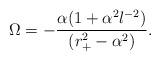
LaTeX: \begin{align*}\Omega = - {\alpha (1+ \alpha^2 l^{-2}) \over (r_+^2 - \alpha^2)}.\end{align*}